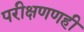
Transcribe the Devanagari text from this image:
परीक्षणणही